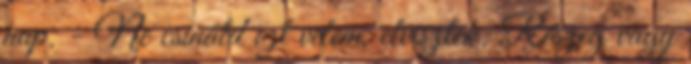
nap. - Ne csináld ezt velem, elviszlek. Részeg vagy